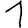
Digit: 1